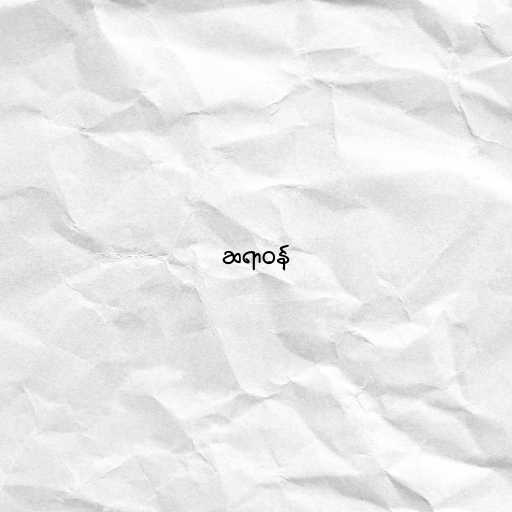
ဆရာဝန်